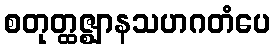
စတုတ္ထဇ္ဈာနသဟဂတံပေ